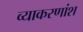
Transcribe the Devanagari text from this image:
व्याकरणांश